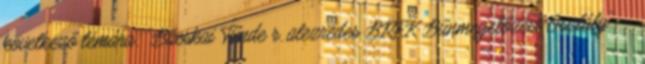
következő témára: "Bácskai Tünde r. alezredes BRFK Bűnmegelőzési Osztály"—